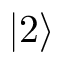
| 2 \rangle